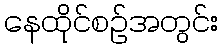
နေထိုင်စဉ်အတွင်း